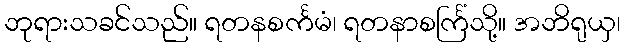
ဘုရားသခင်သည်။ ရတနစင်္ကမံ၊ ရတနာစင်္ကြံသို့။ အဘိရုယှ၊